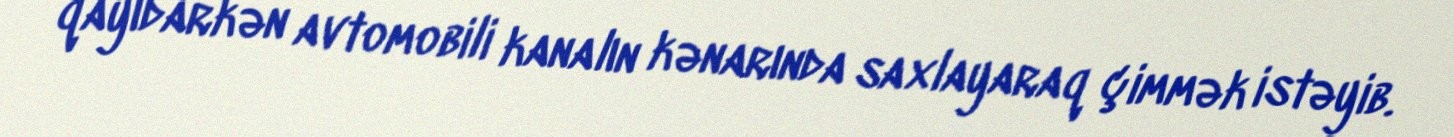
qayıdarkən avtomobili kanalın kənarında saxlayaraq çimmək istəyib.